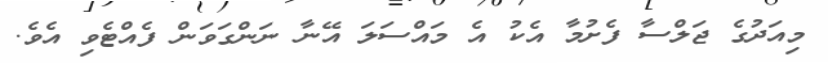
މިއަދުގެ ޖަލްސާ ފެށުމާ އެކު އެ މައްސަލަ އޭނާ ނަންގަވަން ފެއްޓެވި އެވެ.